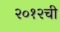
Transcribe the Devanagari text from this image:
२०१२ची